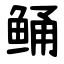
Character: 鲬